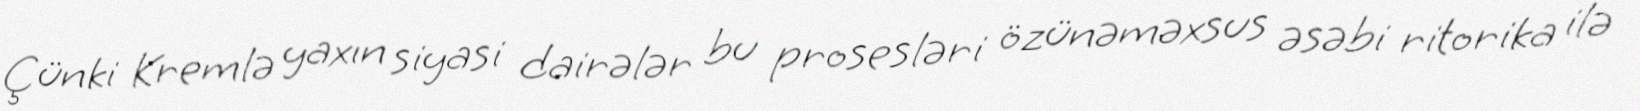
Çünki Kremlə yaxın siyasi dairələr bu prosesləri özünəməxsus əsəbi ritorika ilə